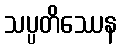
သပ္ပတိဿေန